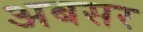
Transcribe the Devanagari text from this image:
अबसर